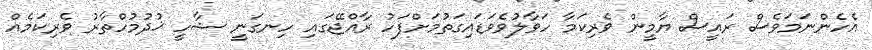
އެހެންނަމަވެސް ރައީސް ޔާމީން ވެރިކަމާ ހަވާލުވެވަޑައިގަތުމަށްފަހު ރާއްޖޭގައި ހިނގަނީ ޝާހީ ޚުދުމުހްތާރު ވެރިކަމެއް